Leaving Certificate Examination, 1904
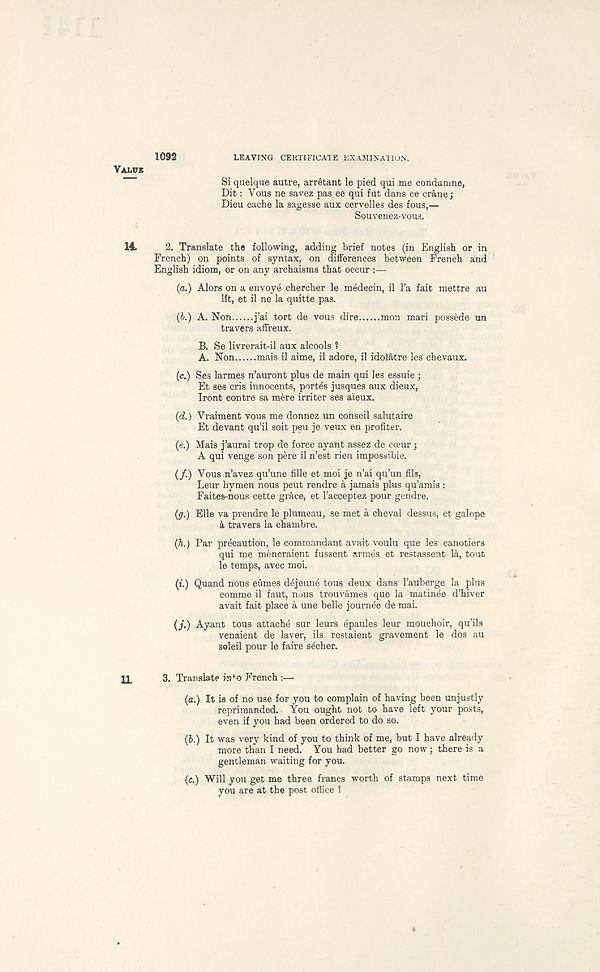
1092
LEAVING CERTIFICATE EXAMINATION.
VALUE
Si quelque autre, arretant le pied qui me condamne,
Dit: Vous ne savez pas ce qui fut dans ce crane;
Dieu cache la sagesse aux cervelles des fous,—
Souvenez-vous.
14.
2. Translate the following, adding brief notes (in English or in
French) on points of syntax, on differences between French and
English idiom, or on any archaisms that occur :—
(a.) Alors on a envoye chercher le medecin, il I’a fait mettre au
lit, et il ne la quitte pas.
(b.) A. Non
j’ai tort de vous dire
mon mari possbde un
travers affreux.
B. Se livrerait-il aux alcools 1
A. Non
mais il aime, il adore, il idolatre les chevaux.
(c.) Ses larmes n’auront plus de main qui les essuie ;
Et ses cris innocents, portes jusques aux dieux,
Iront contre sa mere irriter ses aieux.
(d.) Vraiment vous me donnez un conseil salutaire
Et devant qu’il soit peu je veux en profiter.
(e.) Mais j’aurai trop de force ayant assez de cceur;
A qui venge son pere il n’est rien impossible.
(/.) Vous n’avez qu’une fille et moi je n’ai qu’un fils,
Leur hymen nous pent rendre a jamais plus qu’amis:
Faites-nous cette grace, et 1’acceptez pour gendre.
(g.) Elle va prendre le plumeau, se met a cheval dessus, et galope
a travers la chambre.
(h.) Par precaution, le commandant avait voulu que les canotiers
qui me meneraient fussent armes et restassent la, tout
le temps, avec moi.
(i.) Quand nous eumes ddjeune tous deux dans 1’auberge la plus
comme il faut, nous trouvames que la matinee d’hiver
avait fait place a une belle journ^e de mai.
(j.) Ayant tous attache sur leurs epaules leur mouchoir, qu’ils
venaient de laver, ils restaient gravement le dos au
soleil pour le faire secher.
IL
3. Translate in f o French :—
(a.) It is of no use for you to complain of having been unjustly
reprimanded. You ought not to have left your posts,
even if you had been ordered to do so.
(6.) It was very kind of you to think of me, but I have already
more than I need. You had better go now; there is a
gentleman waiting for you.
(c.) Will you get me three francs worth of stamps next time
you are at the post office 1